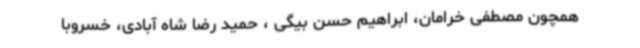
همچون مصطفی خرامان، ابراهیم حسن بیگی ، حمید رضا شاه آبادی، خسروبا